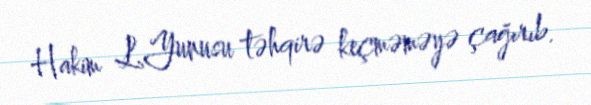
Hakim L.Yunusu təhqirə keçməməyə çağırıb.